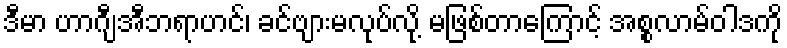
ဒီမာ ဟာဂျီအီဘရာဟင်၊ ခင်ဗျားမလုပ်လို့ မဖြစ်တာကြောင့် အစ္စလာမ်ဝါဒကို